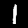
Label: 1